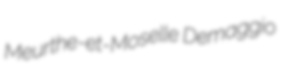
Meurthe-et-Moselle Demaggio